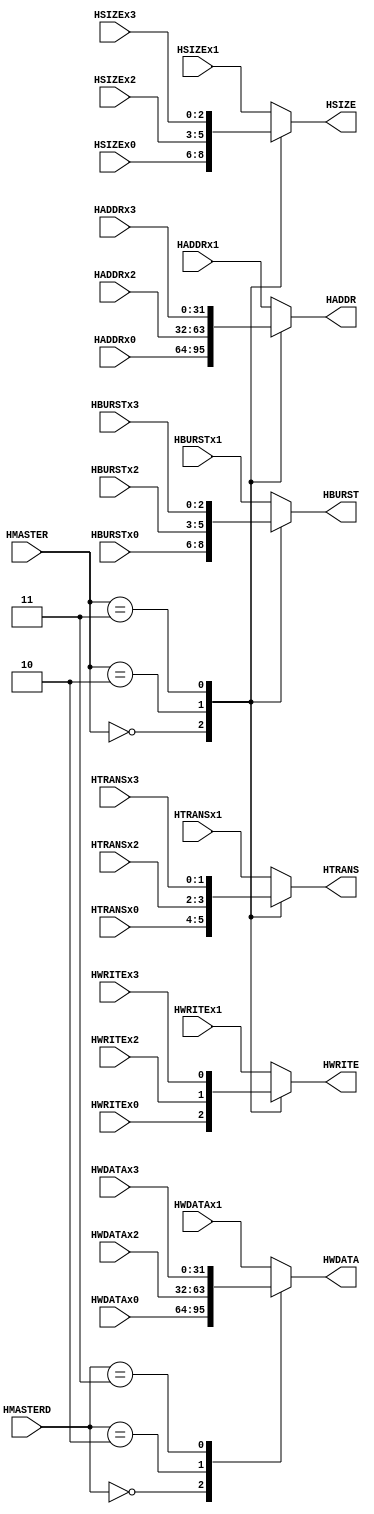
module ahb_mux_m2s
(
  // -------------
  // Input pins //
  // -------------
  // Master 0
  // Address and control
  input [31:0] HADDRx0,
  input HWRITEx0,
  input [1:0] HTRANSx0,
  input [2:0] HSIZEx0,
  input [2:0] HBURSTx0,
  // Write data
  input [31:0] HWDATAx0,

  // Master 1 (default master)
  // Address and control
  input [31:0] HADDRx1,
  input HWRITEx1,
  input [1:0] HTRANSx1,
  input [2:0] HSIZEx1,
  input [2:0] HBURSTx1,
  // Write data
  input [31:0] HWDATAx1,
  // Master 2
  // Address and control
  input [31:0] HADDRx2,
  input HWRITEx2,
  input [1:0] HTRANSx2,
  input [2:0] HSIZEx2,
  input [2:0] HBURSTx2,
  // Write data
  input [31:0] HWDATAx2,

  // Master 3
  // Address and control
  input [31:0] HADDRx3,
  input HWRITEx3,
  input [1:0] HTRANSx3,
  input [2:0] HSIZEx3,
  input [2:0] HBURSTx3,
  // Write data
  input [31:0] HWDATAx3,

  // Select signals
  input [3:0] HMASTER,
  input [3:0] HMASTERD, 
  // --------------
  // Output pins //
  // --------------
  output reg [31:0] HADDR,
  output reg HWRITE,
  output reg [1:0] HTRANS,
  output reg [2:0] HSIZE,
  output reg [2:0] HBURST,
  output reg [31:0] HWDATA
);

// --------------------------
// Address and control mux //
// --------------------------
// Master 1 is default master.
always @ (*) begin
  case(HMASTER)
    4'h0: begin
      HADDR = HADDRx0;
      HWRITE = HWRITEx0;
      HTRANS = HTRANSx0;
      HSIZE = HSIZEx0;
      HBURST = HBURSTx0;
    end
    4'h2: begin
      HADDR = HADDRx2;
      HWRITE = HWRITEx2;
      HTRANS = HTRANSx2;
      HSIZE = HSIZEx2;
      HBURST = HBURSTx2;
    end
    4'h3: begin
      HADDR = HADDRx3;
      HWRITE = HWRITEx3;
      HTRANS = HTRANSx3;
      HSIZE = HSIZEx3;
      HBURST = HBURSTx3;
    end
    default: begin
      HADDR = HADDRx1;
      HWRITE = HWRITEx1;
      HTRANS = HTRANSx1;
      HSIZE = HSIZEx1;
      HBURST = HBURSTx1;
    end
  endcase
end

// -----------------
// Write data mux //
// -----------------
always @ (*) begin
  case(HMASTERD) 
    4'h0: HWDATA = HWDATAx0;
    4'h2: HWDATA = HWDATAx2;
    4'h3: HWDATA = HWDATAx3;
    default: HWDATA = HWDATAx1;
  endcase
end

endmodule